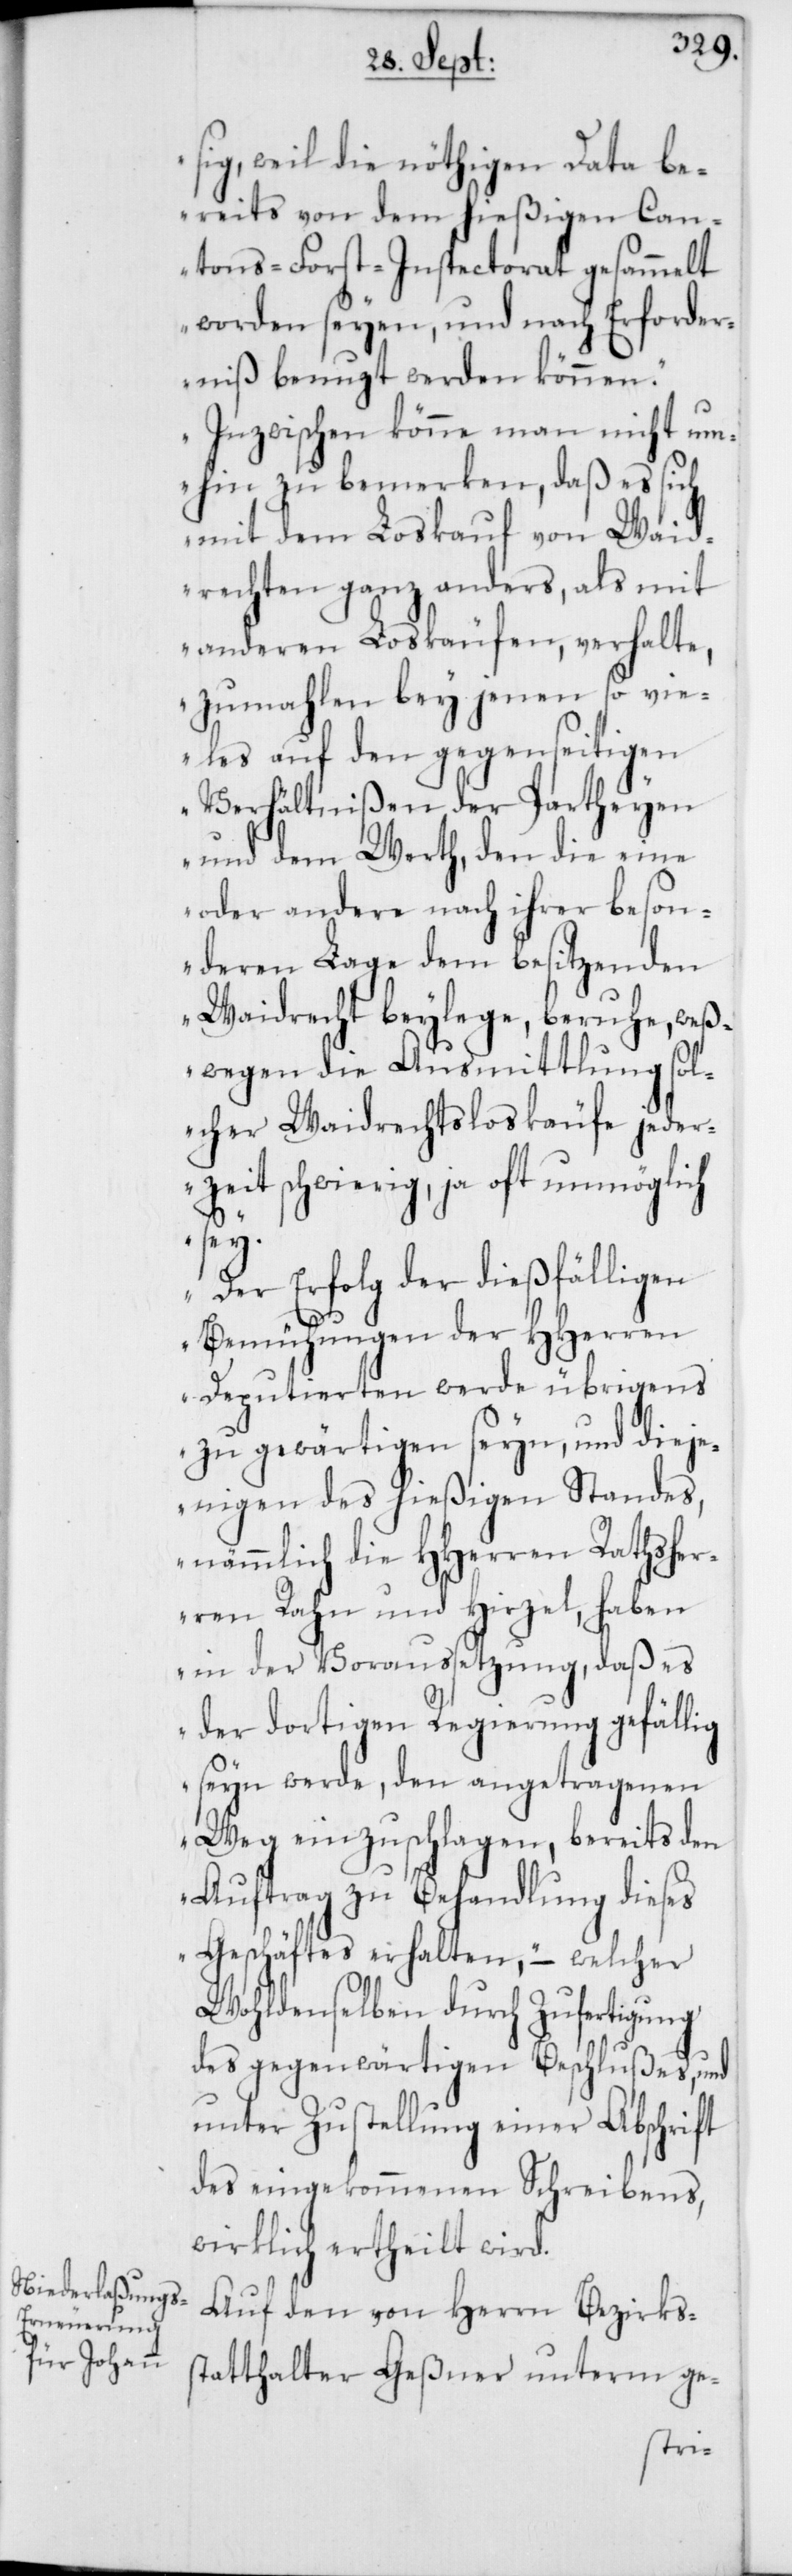
sig, weil die nöthigen Data be¬
reits von dem hießigen Can¬
tons-Forst-Inspectorat gesammelt
worden seyen, und nach Erforder¬
niß benuzt werden können.
Inzwischen könne man nicht um¬
hin zu bemerken, daß es sich
mit dem Loskauf von Waid¬
rechten ganz anders, als mit
anderen Loskäufen, verhalte,
zumahlen bey jenen so vie¬
les auf den gegenseitigen
Verhältnißen der Partheyen
und dem Werth, den die eine
oder andere nach ihrer beson¬
deren Lage dem besitzenden
Waidrecht beylege, beruhe, weß¬
wegen die Ausmittlung sol¬
cher Waidrechtsloskäufe jeder¬
zeit schwierig, ja oft unmöglich
sey.
Der Erfolg der dießfälligen
Bemühungen der HHerren
Deputierten werde übrigens
zu gewärtigen seyn, und dieje¬
nigen des hießigen Standes,
nämmlich die HHerren Rathsher¬
ren Rahn und Hirzel, haben
in der Voraussetzung, daß es
der dortigen Regierung gefällig
seyn werde, den angetragenen
Weg einzuschlagen, bereits den
Auftrag zu Behandlung dieses
Geschäftes erhalten,“ – welcher
Wohldenselben durch Zufertigung
des gegenwärtigen Beschlußes, und
unter Zustellung einer Abschrift
des eingekommenen Schreibens,
wirklich ertheilt wird.
Auf den von Herrn Bezirks¬
statthalter Geßner unterm ge-